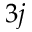
3 j